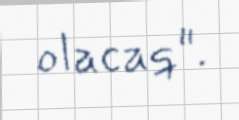
olacaq".